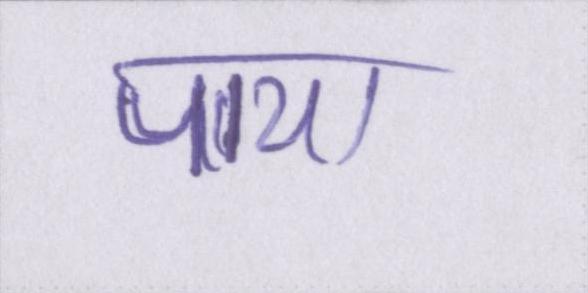
पाया